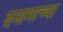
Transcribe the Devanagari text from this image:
इनामाच्या